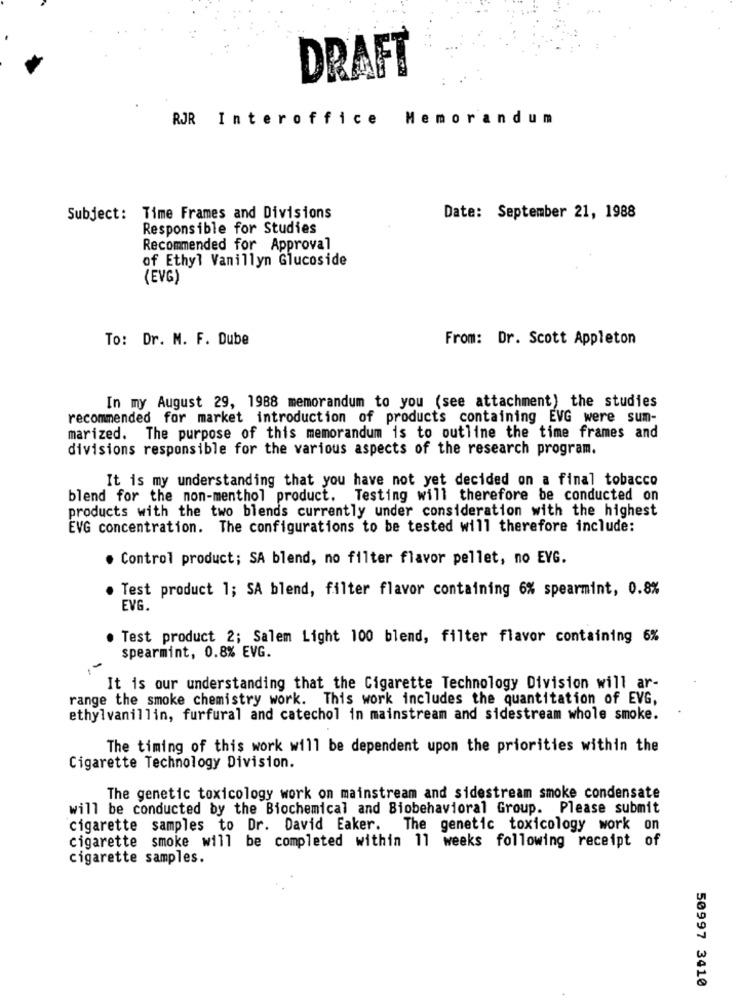
DRAFT
RJR Interoffice Memorandum
Subject: Time Frames and Divisions
Date: September 21, 1988
Responsible for Studies
Recommended for Approval
of Ethyl Vanillyn Glucoside
(EVG)
To: Dr. M. F. Dube
From: Dr. Scott Appleton
In my August 29, 1988 memorandum to you (see attachment) the studies
recommended for market introduction of products containing EVG were sum-
marized. The purpose of this memorandum is to outline the time frames and
divisions responsible for the various aspects of the research program.
It is my understanding that you have not yet decided on a final tobacco
blend for the non-menthol product. Testing will therefore be conducted on
products with the two blends currently under consideration with the highest
EVG concentration. The configurations to be tested will therefore include:
. Control product; SA blend, no filter flavor pellet, no EVG.
. Test product 1; SA blend, filter flavor containing 6% spearmint, 0.8%
EVG.
. Test product 2; Salem Light 100 blend, filter flavor containing 6%
spearmint, 0.8% EVG.
It is our understanding that the Cigarette Technology Division will ar-
range the smoke chemistry work. This work includes the quantitation of EVG,
ethylvanillin, furfural and catechol in mainstream and sidestream whole smoke.
The timing of this work will be dependent upon the priorities within the
Cigarette Technology Division.
The genetic toxicology work on mainstream and sidestream smoke condensate
will be conducted by the Biochemical and Biobehavioral Group. Please submit
cigarette samples to Dr. David Eaker. The genetic toxicology work on
cigarette smoke will be completed within 11 weeks following receipt of
cigarette samples.
50997 3410